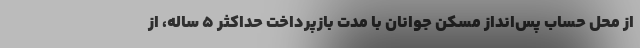
از محل حساب پس‌انداز مسکن جوانان با مدت بازپرداخت حداکثر ۵ ساله، از